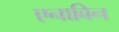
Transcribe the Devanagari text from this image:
एनाबिन